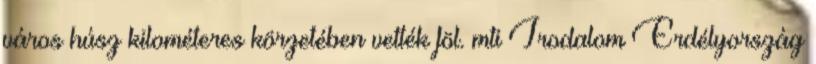
város húsz kilométeres körzetében vették föl. mti Irodalom Erdélyország